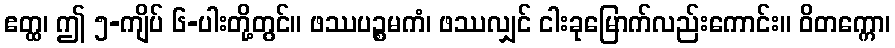
ဧတ္ထ၊ ဤ ၅-ကျိပ် ၆-ပါးတို့တွင်။ ဖဿပဉ္စမကံ၊ ဖဿလျှင် ငါးခုမြောက်လည်းကောင်း။ ဝိတက္ကော၊